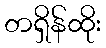
တရှိန်ထိုး